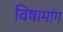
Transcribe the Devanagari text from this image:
विषामांग